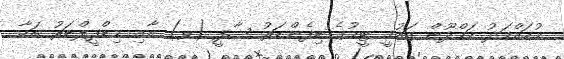
މުހައްމަދު ހަމްދޫން ގައުމީ ޓީމުގެ ޑިފެންޑަރު ޝާފީ (ވ) އާއި މިޑްފީލްޑަރު ބަކާ